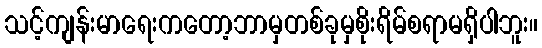
သင့်ကျန်းမာရေးကတော့ဘာမှတစ်ခုမှစိုးရိမ်စရာမရှိပါဘူး။